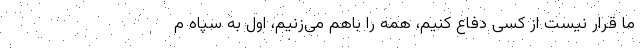
ما قرار نیست از کسی دفاع کنیم، همه را باهم می‌زنیم، اول به سپاه م